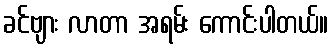
ခင်ဗျား လာတာ အရမ်း ကောင်းပါတယ်။